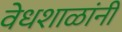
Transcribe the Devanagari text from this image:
वेधशाळांनी